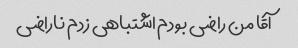
آقا من راضی بودم اشتباهی زدم ناراضی